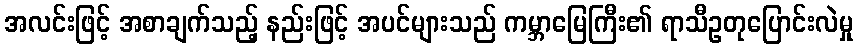
အလင်းဖြင့် အစာချက်သည့် နည်းဖြင့် အပင်များသည် ကမ္ဘာမြေကြီး၏ ရာသီဥတုပြောင်းလဲမှု